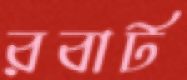
রবার্ট